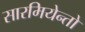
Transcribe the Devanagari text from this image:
सारमियेन्तो